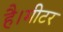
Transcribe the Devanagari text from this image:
है।मीटर